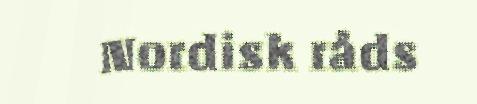
Nordisk råds